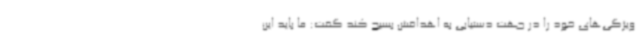
ویژگی‌های خود را در جهت دستیابی به اهدافش بسیج کند گفت: ما باید این